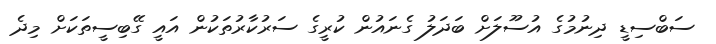
ސަބްސިޑީ ދިނުމުގެ އުސޫލަށް ބަދަލު ގެނައުން ކުރީގެ ސަރުކާރުތަކުން އައީ ގޭބިސީތަކަށް މިދެ